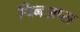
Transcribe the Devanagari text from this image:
पिनअप्स